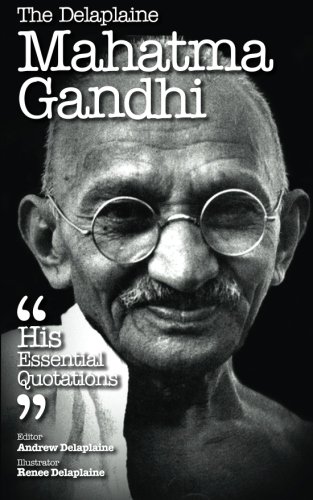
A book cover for The Delaplaine Mahatma Gandhi - His Essential Quotations (Delaplaine  Essential Quotations); Andrew Delaplaine; Religion & Spirituality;